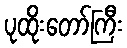
ပုထိုးတော်ကြီး